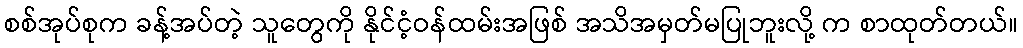
စစ်အုပ်စုက ခန့်အပ်တဲ့ သူတွေကို နိုင်ငံ့ဝန်ထမ်းအဖြစ် အသိအမှတ်မပြုဘူးလို့ က စာထုတ်တယ်။